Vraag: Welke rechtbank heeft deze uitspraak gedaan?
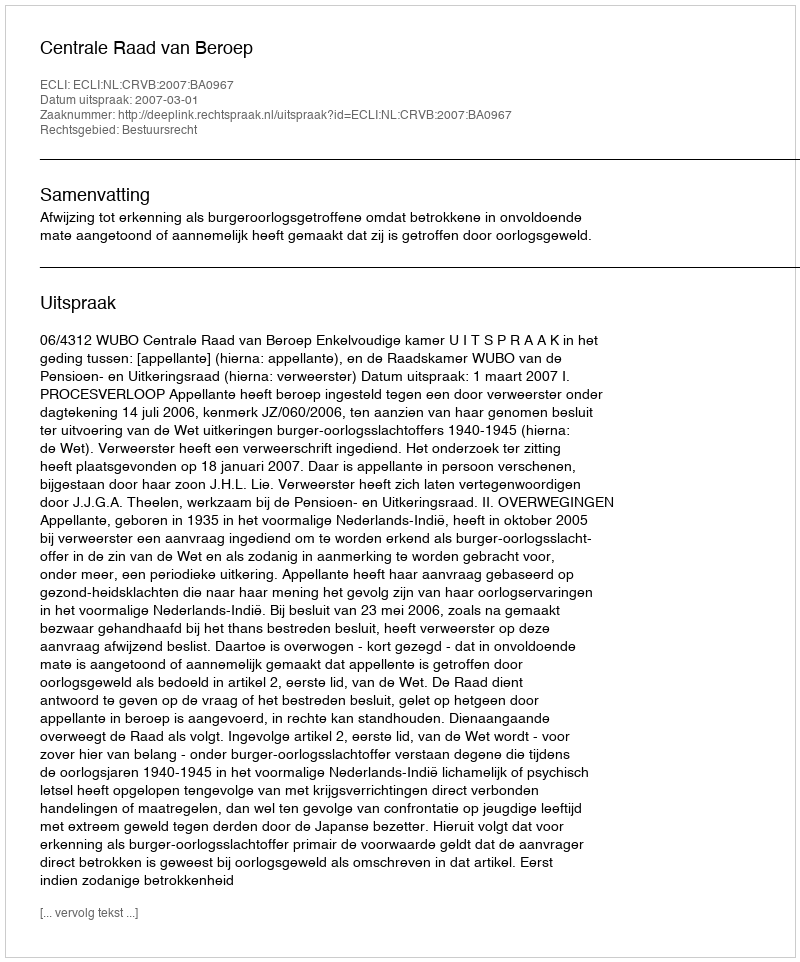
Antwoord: Centrale Raad van Beroep